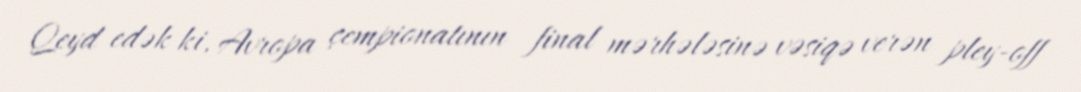
Qeyd edək ki, Avropa çempionatının final mərhələsinə vəsiqə verən pley-off